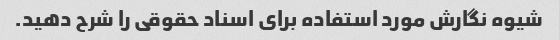
شیوه نگارش مورد استفاده برای اسناد حقوقی را شرح دهید.